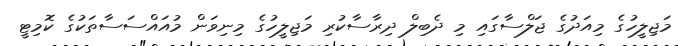
މަޖިލީހުގެ މިއަދުގެ ޖަލްސާގައި މި ދެބިލް ދިރާސާކުރި މަޖިލީހުގެ މިނިވަން މުއައްސަސާތަކުގެ ކޮމިޓީ